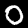
Label: 0